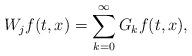
LaTeX: \begin{align*}W_j f(t, x)=\sum \limits_{k=0}^\infty G_k f (t,x),\end{align*}